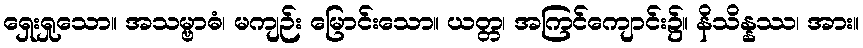
ရှေးရှုသော။ အသမ္ဗာဓံ၊ မကျဉ်း မြောင်းသော။ ယတ္တ၊ အကြင်ကျောင်း၌။ နိသိန္နဿ၊ အား။